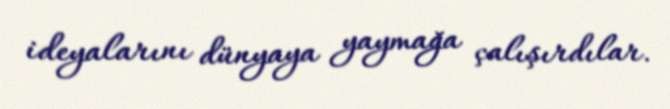
ideyalarını dünyaya yaymağa çalışırdılar.